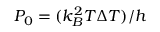
P _ { 0 } = ( k _ { B } ^ { 2 } T \Delta T ) / h